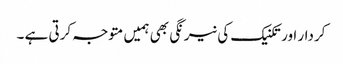
کردار اور تکنیک کی نیرنگی بھی ہمیں متوجہ کرتی ہے ۔